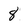
Character: 8